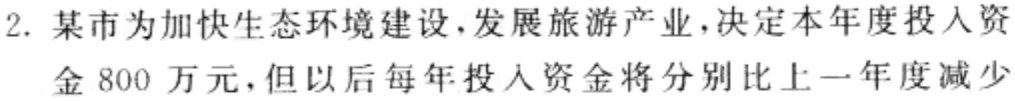
2. 某市为加快生态环境建设，发展旅游产业，决定本年度投入资金 800 万元，但以后每年投入资金将分别比上一年度减少